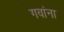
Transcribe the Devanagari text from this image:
गवांना